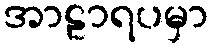
အာဠာရပမှာ